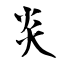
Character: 炎